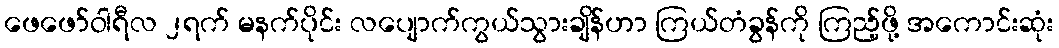
ဖေဖော်ဝါရီလ ၂ရက် မနက်ပိုင်း လပျောက်ကွယ်သွားချိန်ဟာ ကြယ်တံခွန်ကို ကြည့်ဖို့ အကောင်းဆုံး